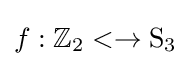
f:\mathbb {Z} _{2}<\rightarrow {\text{S}}_{3}